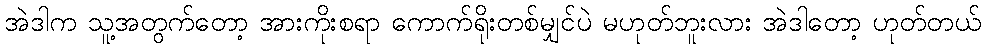
အဲဒါက သူ့အတွက်တော့ အားကိုးစရာ ကောက်ရိုးတစ်မျှင်ပဲ မဟုတ်ဘူးလား အဲဒါတော့ ဟုတ်တယ်